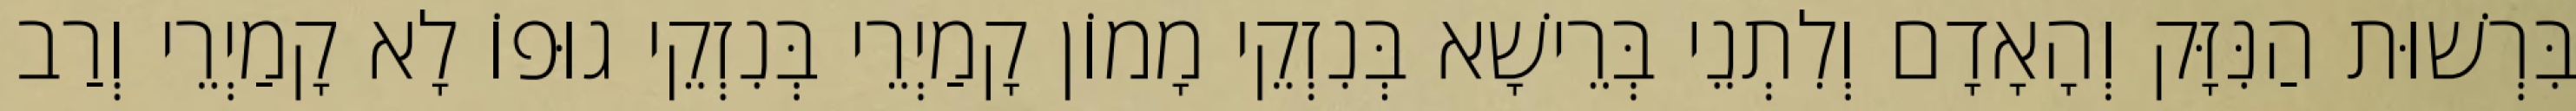
בִּרְשׁוּת הַנִּזָּק וְהָאָדָם וְלִתְנֵי בְּרֵישָׁא בְּנִזְקֵי מָמוֹן קָמַיְרֵי בְּנִזְקֵי גוּפוֹ לָא קָמַיְרֵי וְרַב